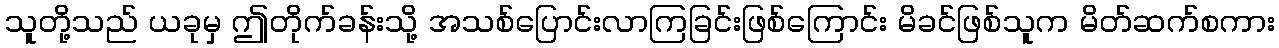
သူတို့သည် ယခုမှ ဤတိုက်ခန်းသို့ အသစ်ပြောင်းလာကြခြင်းဖြစ်ကြောင်း မိခင်ဖြစ်သူက မိတ်ဆက်စကား